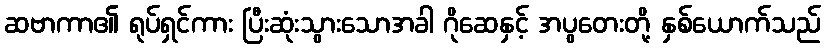
ဆဗာကာ၏ ရုပ်ရှင်ကား ပြီးဆုံးသွားသောအခါ ဂိုဆေနှင့် အပွတေးတို့ နှစ်ယောက်သည်